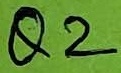
Text: Q2